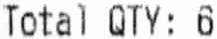
TOTAL QTY: 6